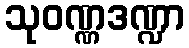
သုဝဏ္ဏဒဏ္ဍာ